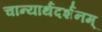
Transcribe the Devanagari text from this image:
चान्यार्थदर्शनम्